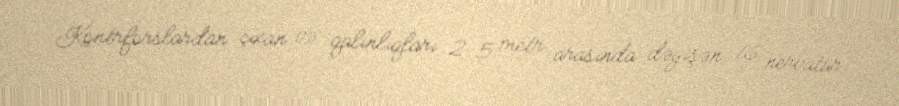
Kontrforslardan çıxan və qalınlıqları 2-5 metr arasında dəyişən 16 nervatür